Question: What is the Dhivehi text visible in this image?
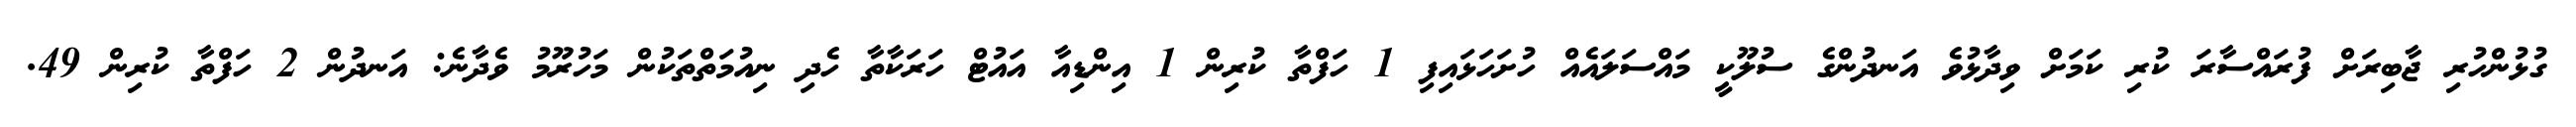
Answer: ގުޅުންހުރި ޖާބިރަށް ފުރައްސާރަ ކުރި ކަމަށް ވިދާޅުވެ އަނދުންގެ ސުލޫކީ މައްސަލައެއް ހުށަހަޅައިފި 1 ހަފްތާ ކުރިން 1 އިންޑިއާ އައުޓް ހަރަކާތާ ހެދި ނިއުމަތްތަކުން މަހުރޫމު ވެދާނެ: އަނދުން 2 ހަފްތާ ކުރިން 49.